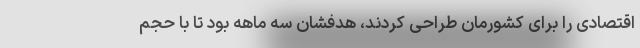
اقتصادی را برای کشورمان طراحی کردند، هدفشان سه ماهه بود تا با حجم